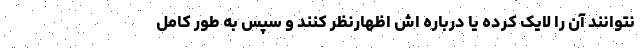
نتوانند آن را لایک کرده یا درباره اش اظهارنظر کنند و سپس به طور کامل